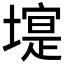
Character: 𱗿